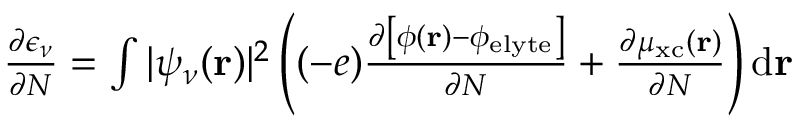
\begin{array} { r } { \frac { \partial \epsilon _ { \nu } } { \partial N } = \int | \psi _ { \nu } ( \mathbf { r } ) | ^ { 2 } \left( ( - e ) \frac { \partial \left[ \phi ( \mathbf { r } ) - \phi _ { \mathrm { e l y t e } } \right] } { \partial N } + \frac { \partial \mu _ { \mathrm { x c } } ( \mathbf { r } ) } { \partial N } \right) \mathrm { d } \mathbf { r } } \end{array}